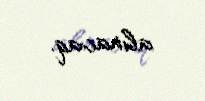
alınacaq.